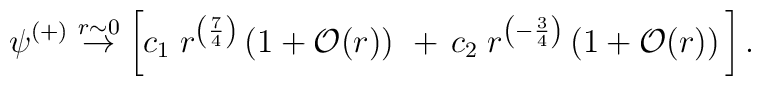
\psi^{(+)} \stackrel{r\sim 0}{\rightarrow} \left[c_1\;r^{\left({7\over 4}\right)}\left(1+{\cal O}(r)\right)\,\,+\,c_2\;r^{\left(-{3\over 4}\right)}\left(1+{\cal O}(r)\right)\,\right].